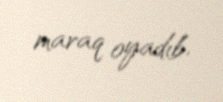
maraq oyadıb.